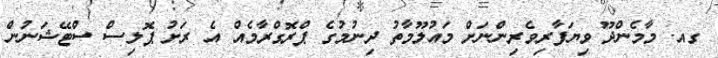
ގއ. މާމެންދޫ ވިޔަފާރިވެރިންނަށް މައުލޫމާތު ދިނުމުގެ ޕްރޮގްރާމެއް އެ ރަށު ޕޮލިސް ސްޓޭޝަނުން